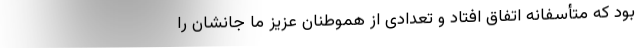
بود که متأسفانه اتفاق افتاد و تعدادی از هموطنان عزیز ما جانشان را